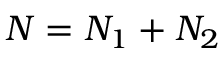
N = N _ { 1 } + N _ { 2 }